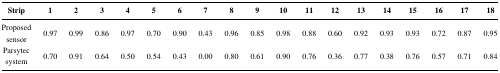
<table><thead><tr><td><b>Strip</b></td><td><b>1</b></td><td><b>2</b></td><td><b>3</b></td><td><b>4</b></td><td><b>5</b></td><td><b>6</b></td><td><b>7</b></td><td><b>8</b></td><td><b>9</b></td><td><b>10</b></td><td><b>11</b></td><td><b>12</b></td><td><b>13</b></td><td><b>14</b></td><td><b>15</b></td><td><b>16</b></td><td><b>17</b></td><td><b>18</b></td></tr></thead><tbody><tr><td>Proposed sensor</td><td>0.97</td><td>0.99</td><td>0.86</td><td>0.97</td><td>0.70</td><td>0.90</td><td>0.43</td><td>0.96</td><td>0.85</td><td>0.98</td><td>0.88</td><td>0.60</td><td>0.92</td><td>0.93</td><td>0.93</td><td>0.72</td><td>0.87</td><td>0.95</td></tr><tr><td>Parsytec system</td><td>0.70</td><td>0.91</td><td>0.64</td><td>0.50</td><td>0.54</td><td>0.43</td><td>0.00</td><td>0.80</td><td>0.61</td><td>0.90</td><td>0.76</td><td>0.36</td><td>0.77</td><td>0.38</td><td>0.76</td><td>0.57</td><td>0.71</td><td>0.84</td></tr></tbody></table>